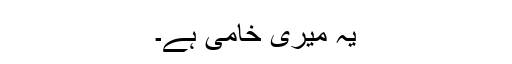
یہ میری خامی ہے۔